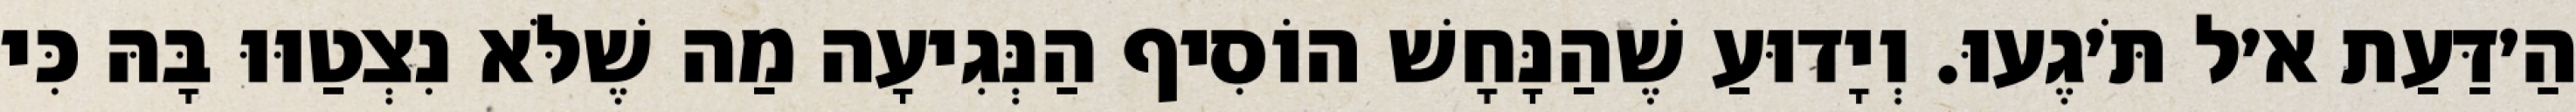
הַ׳דַּעַת א׳ל תֹּ׳גֶעוּ. וְיָדוּעַ שֶׁהַנָּחָשׁ הוֹסִיף הַנְּגִיעָה מַה שֶׁלֹּא נִצְטַוּוּ בָּהּ כִּי